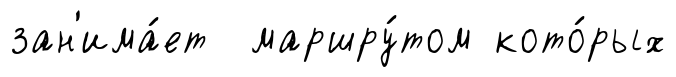
зан'има́ет маршру́том кото́рых